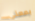
بمعني